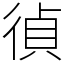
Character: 𢔤